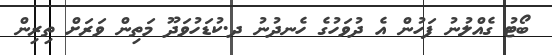
ބޯޓު ގެއްލުނު ފަހުން އެ ދުވަހުގެ ހެނދުނު ދ.ކުޑަހުވަދޫ މަތިން ވަރަށް ތިރިން